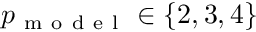
p _ { \mathrm { ~ m ~ o ~ d ~ e ~ l ~ } } \in \left\{ 2 , 3 , 4 \right\}